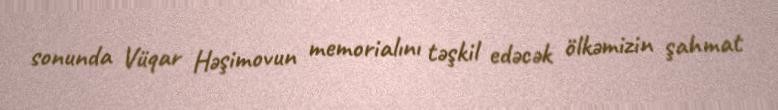
sonunda Vüqar Həşimovun memorialını təşkil edəcək ölkəmizin şahmat